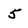
Character: 5